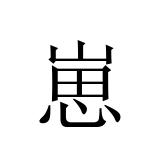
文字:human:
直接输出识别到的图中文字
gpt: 崽